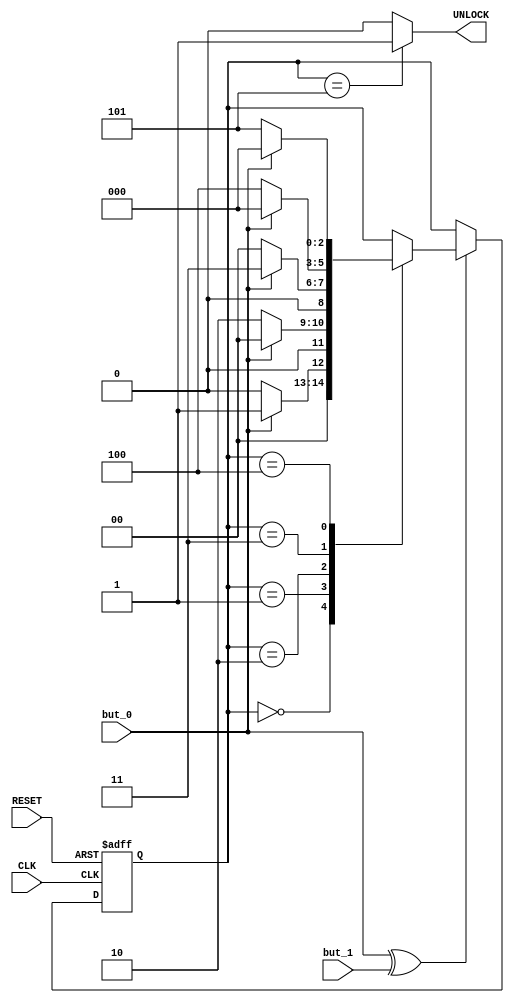
module ECLMoore(
    input but_0,but_1,RESET,CLK,output reg UNLOCK 
);
//6 states => number of bits = log2(6)
 reg [2:0]  Current;
 reg [2:0]  Next_Comb;
 parameter  IDLE =0,
            S0   =1,
            S01  =2,
            S010 =3,
            S0101=4,
            S01011=5;
always@(*)
    begin
// Next Logic
Next_Comb=Current;
    if((but_0^but_1)==1)
    begin
        case(Current)
            IDLE:
            if(but_0) //0
            Next_Comb=S0;
            else
            Next_Comb=IDLE;
            S0:
            if(but_0)
            Next_Comb=IDLE;
            else//01
            Next_Comb=S01;
            S01:
            if(but_0)//010
            Next_Comb=S010;
            else
            Next_Comb=IDLE;
            S010:
            if(but_0)
            Next_Comb=IDLE;
            else//0101
            Next_Comb=S0101;
            S0101:
            if(but_0)
            Next_Comb=IDLE;
            else//01011
            Next_Comb=S01011;
            default:
            Next_Comb=Current;
        endcase
        end
    end
always@(*)
    begin
    if(Current==S01011)
    begin
    UNLOCK=1;
    end
    else
    begin
    UNLOCK=0;
    end
    end
always@(posedge CLK or negedge RESET)
    begin
        if(!RESET)
        Current<=IDLE;
        else
        Current<=Next_Comb;

    end
endmodule